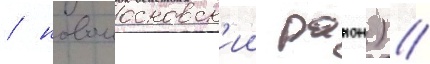
/ новомосковск'ии раион) //